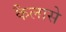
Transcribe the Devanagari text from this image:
कैलासे